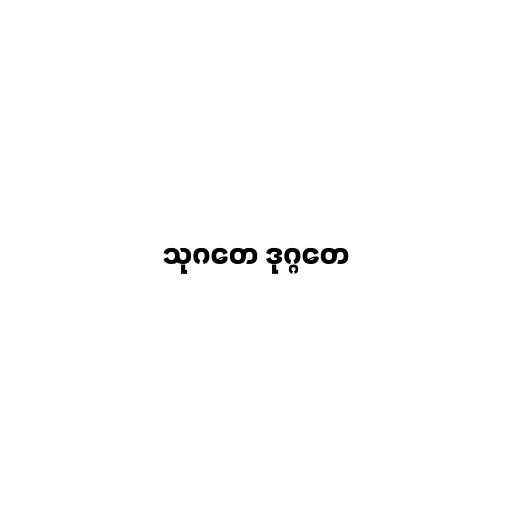
သုဂတေ ဒုဂ္ဂတေ